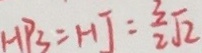
H P _ { 3 } = H J = \frac { 3 } { 2 } \sqrt { 2 }